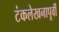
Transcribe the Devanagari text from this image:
टंकलेखनापूर्वी